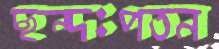
ছন্দঃপতন